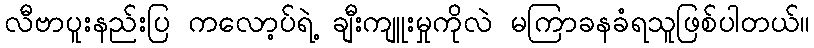
လီဗာပူးနည်းပြ ကလော့ပ်ရဲ့ ချီးကျူးမှုကိုလဲ မကြာခနခံရသူဖြစ်ပါတယ်။